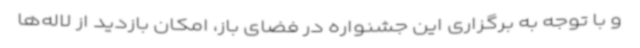
و با توجه به برگزاری این جشنواره در فضای باز، امکان بازدید از لاله‌ها